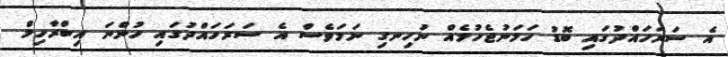
އެ ސަރަހައްދުގައި ބޮޑު ހަމަނުޖެހުމެއް ނުހިނގި ނަމަވެސް އެ ސަރަހައްދުގައި ހުންނަ އިބްރާހިމް